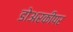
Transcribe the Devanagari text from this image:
डोअरकीपर